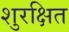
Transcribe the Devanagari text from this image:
शुरक्षित